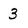
Character: 3